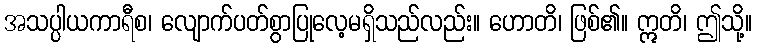
အသပ္ပါယကာရီစ၊ လျောက်ပတ်စွာပြုလေ့မရှိသည်လည်း။ ဟောတိ၊ ဖြစ်၏။ ဣတိ၊ ဤသို့။